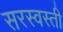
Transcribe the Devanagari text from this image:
सरस्वस्ती